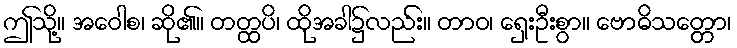
ဤသို့။ အဝေါစ၊ ဆို၏။ တတ္ထပိ၊ ထိုအခါ၌လည်း။ တာဝ၊ ရှေးဦးစွာ။ ဗောဓိသတ္တော၊